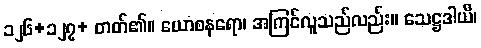
၁၂၆+၁၂၇+ တတ်၏။ ယောစနရော၊ အကြင်လူသည်လည်း။ သေဋ္ဌဒါယီ၊